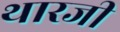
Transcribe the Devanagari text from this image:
थारजी